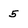
Character: 5